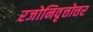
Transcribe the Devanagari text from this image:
रजोनिवृत्तोत्तर